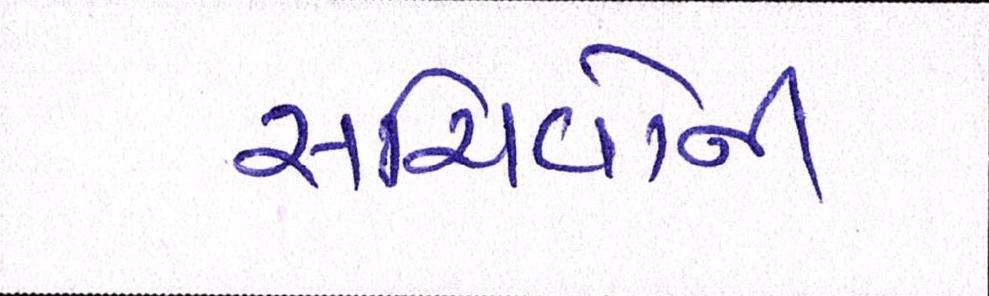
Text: સચિવોની